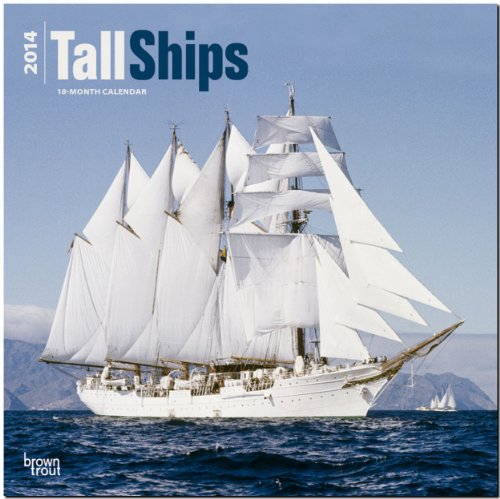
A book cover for Tall Ships 2014 Calendar; Calendars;